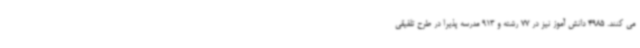
می کنند. 4985 دانش آموز نیز در 77 رشته و 913 مدرسه پذیرا در طرح تلفیقی